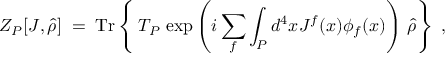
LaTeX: Z _ { P } [ J , \hat { \rho } ] \; = \; \mathrm { T r } \left\{ \frac { } { } T _ { P } \, \exp \left( i \sum _ { f } \int _ { P } d ^ { 4 } x J ^ { f } ( x ) \phi _ { f } ( x ) \right) \, \hat { \rho } \right\} \; ,